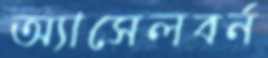
অ্যাসেলবর্ন